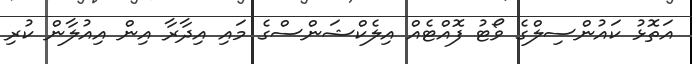
އަތޮޅު ކައުންސިލްގެ ވޯޓު ފޮއްޓެއް އިލެކްޝަންސްގެ މައި އިދާރާ އިން އިއުލާން ކުރި